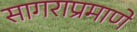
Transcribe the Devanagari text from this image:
सागराप्रमाणे